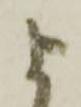
よ